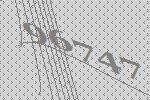
96747